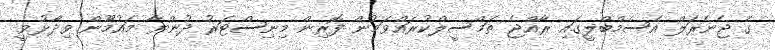
ގެ ޖެނެރަލް އެސެމްބްލީގައި ރާއްޖެ ތަމްސީލްކުރައްވަމުން ފޮރިން މިނިސްޓަރު ދުންޔާ މައުމޫން ވިދާޅުވީ